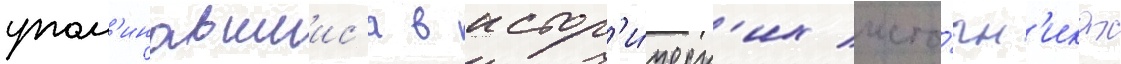
упом'инавшиис'я в истор'и́ческ'их исто́чн'иках